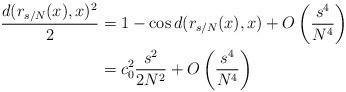
LaTeX: \begin{align*} \begin{aligned} \frac{d(r_{s/N}(x),x)^2}{2} &= 1 - \cos d(r_{s/N}(x),x) + O\left(\frac{s^4}{N^4}\right) \\ &= c_0^2 \frac{s^2}{2N^2} + O\left(\frac{s^4}{N^4}\right)\end{aligned}\end{align*}